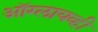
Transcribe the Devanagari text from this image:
ऑग्लायव्ही